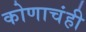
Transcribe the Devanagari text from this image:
कोणाचंही